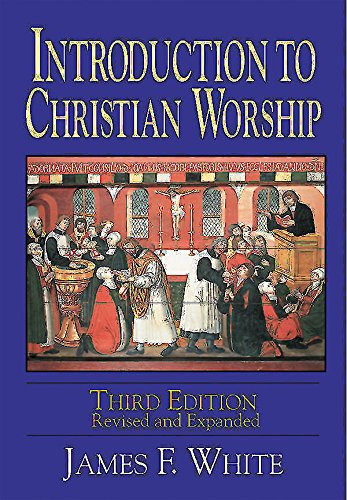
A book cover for Introduction to Christian Worship Third Edition: Revised and Expanded; James F. White; Christian Books & Bibles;